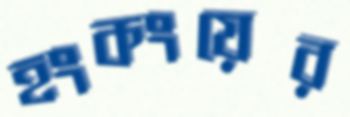
হংকংয়ের